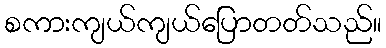
စကားကျယ်ကျယ်ပြောတတ်သည်။